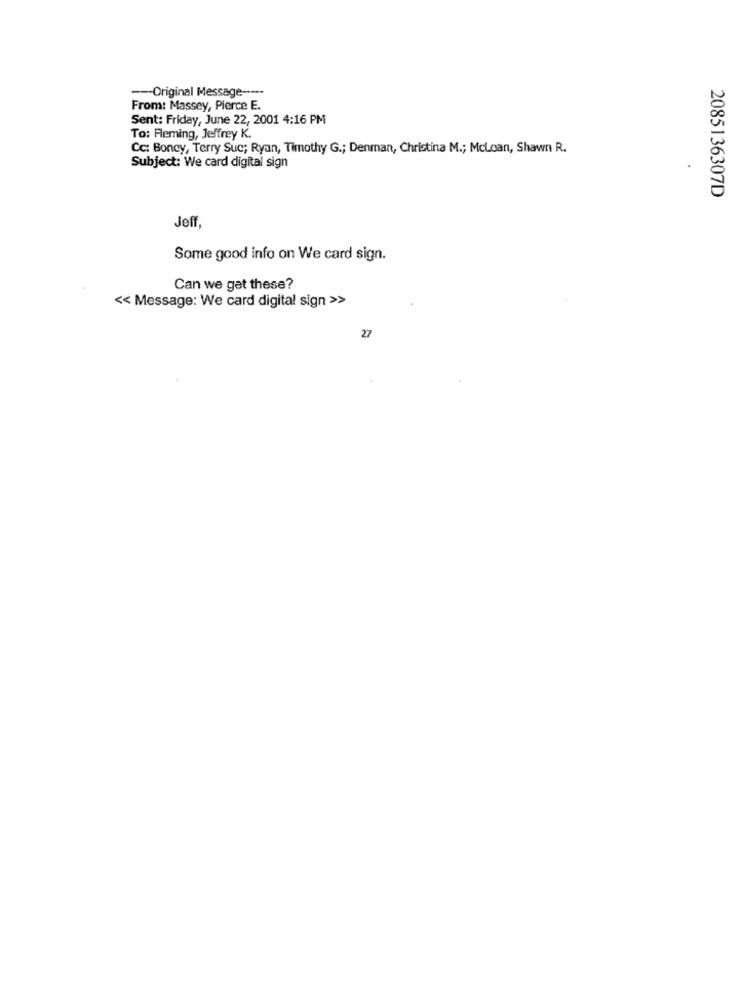
--- Original Message -----
From: Massey, Pierce E.
Sent: Friday, June 22, 2001 4:16 PM
To: Fleming, Jeffrey K.
Cc: Boney, Terry Suc; Ryan, Timothy G .; Denman, Christina M .; McLoan, Shawn R.
Subject: We card digital sign
2085136307D
Jeff,
Some good info on We card sign.
Can we get these?
<< Message: We card digital sign >>
27